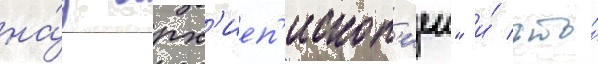
на́д арх'иеп'ископ'иеи" и́ что́